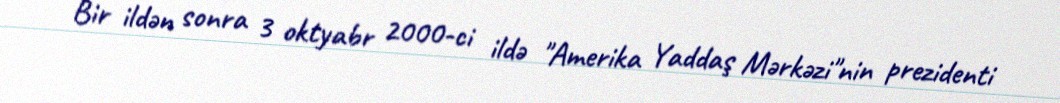
Bir ildən sonra 3 oktyabr 2000-ci ildə "Amerika Yaddaş Mərkəzi"nin prezidenti